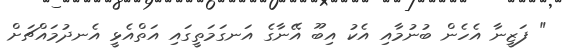
" ފަޒީނާ އެހެން ބުނުމާއި އެކު އިބޫ އޭނާގެ އަނގަމަތީގައި އަތްއެޅީ އެނދުމައްޗަށް